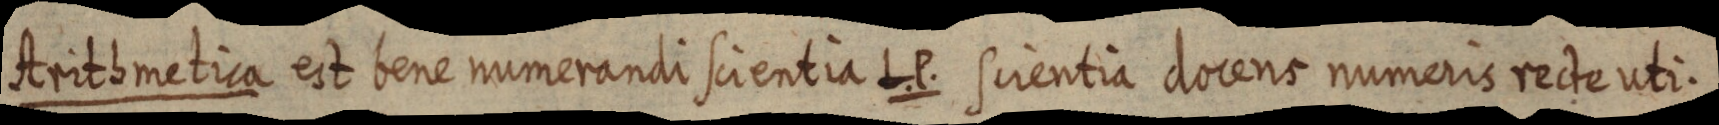
Arithmetica est bene numerandi scientia L. P. scientia docens numeris recte uti.